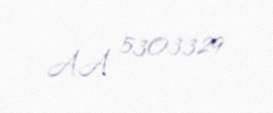
AA 5303329